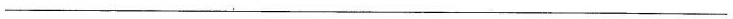
___